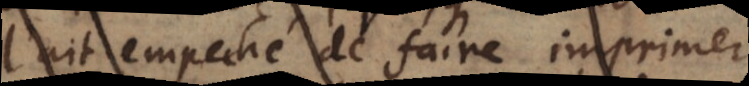
l’ait empêché de faire imprimer